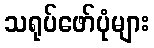
သရုပ်ဖော်ပုံများ